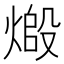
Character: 𬊷